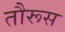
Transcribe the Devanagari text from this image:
तौरूस